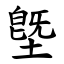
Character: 墍